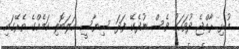
މުޅި ރާއްޖެ ދުވަހަކު ވެސް ނުދެކޭ ފަދަ ސިޔާސީ ހަލަބޮލި ކަމެއްގެ ތެރޭގައި